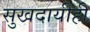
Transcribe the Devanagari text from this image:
सुखदायीही